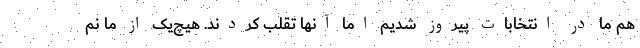
هم ما در انتخابات پیروز شدیم اما آنها تقلب کردند. هیچ‌یک از ما نم